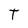
Character: T